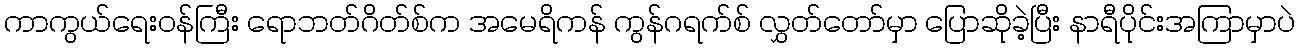
ကာကွယ်ရေးဝန်ကြီး ရောဘတ်ဂိတ်စ်က အမေရိကန် ကွန်ဂရက်စ် လွှတ်တော်မှာ ပြောဆိုခဲ့ပြီး နာရီပိုင်းအကြာမှာပဲ